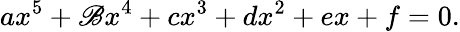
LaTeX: ax^{5}+\mathscr{B}x^{4}+cx^{3}+dx^{2}+ex+f=0.